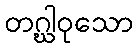
တဂ္ဃါဝုသော